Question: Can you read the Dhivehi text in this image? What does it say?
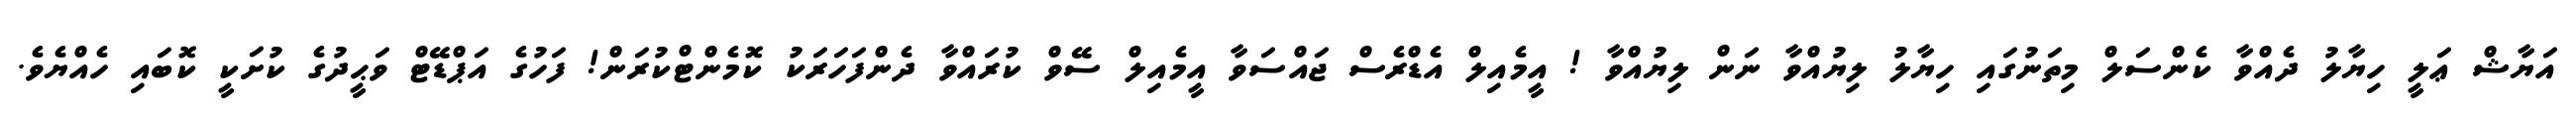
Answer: އަޔާޝް ޢަލީ ހިޔާލު ދެއްވާ ކެންސަލް މިތަނުގައި ހިޔާލު ލިޔުއްވާ ނަން ލިޔުއްވާ ! އީމެއިލް އެޑްރެސް ޖައްސަވާ އީމެއިލް ސޭވް ކުރައްވާ ދެންފަހަރަކު ކޮމެންޓްކުރަން! ފަހުގެ އަޕްޑޭޓް ވަޙީދުގެ ކުށަކީ ކޮބައި ހެއްޔެވެ.